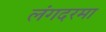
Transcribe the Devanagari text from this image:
लंगदरमा